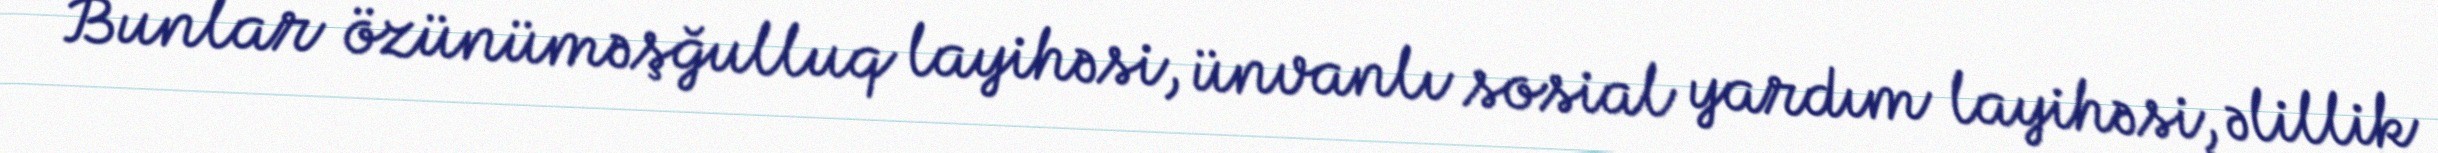
Bunlar özünüməşğulluq layihəsi, ünvanlı sosial yardım layihəsi, əlillik